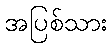
အပြစ်သား